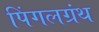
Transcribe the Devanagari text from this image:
पिंगलग्रंथ